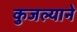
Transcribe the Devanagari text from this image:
कुजल्याने